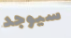
سيوجد